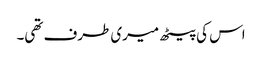
اس کی پیٹھ میری طرف تھی۔